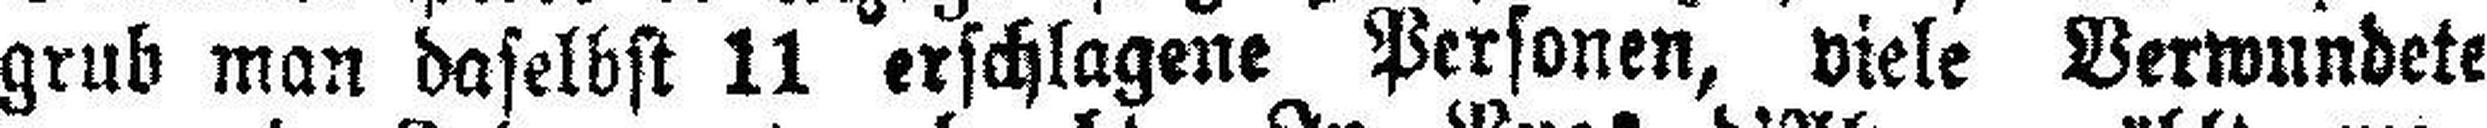
grub man daselbst 11 erschlagene Personen, viele Verwundete